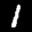
Label: 1